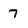
Character: 7